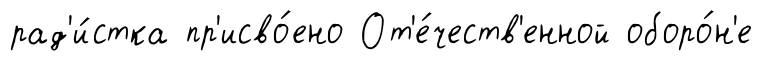
рад'и́стка пр'исво́ено От'е́честв'енной оборо́н'е